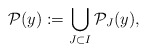
\begin{align*}\mathcal{P}(y):=\bigcup_{J\subset I} \mathcal{P}_J(y),\end{align*}